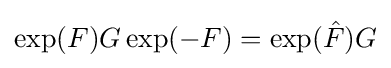
\exp(F)G\exp(-F)=\exp({\hat {F}})G